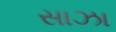
સાઝા